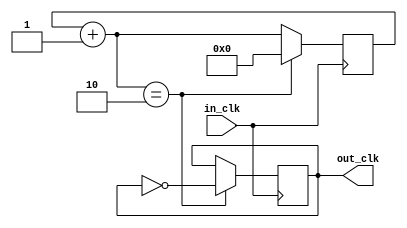
`timescale 1ns / 1ps
//////////////////////////////////////////////////////////////////////////////////
// Company: 
// Engineer: 
// 
// Design Name: 
// Module Name:    Cloc_divider 
// Project Name: 
// Target Devices: 
// Tool versions: 
// Description: 
//
// Dependencies: 
//
// Revision: 
// Revision 0.01 - File Created
// Additional Comments: 
//
//////////////////////////////////////////////////////////////////////////////////
module Clock_divider(
    input in_clk, 
    output reg out_clk);
	
	reg[32:0] count;

	initial begin
		count = 0;
		out_clk = 0;
	end
	
	always @(negedge in_clk)
	begin
		count = count + 1;
		if (count == 2) begin
			out_clk <= ~out_clk;
			count <= 0;
			end
	end


endmodule